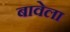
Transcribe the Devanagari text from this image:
बावेला